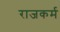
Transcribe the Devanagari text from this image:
राजकर्म